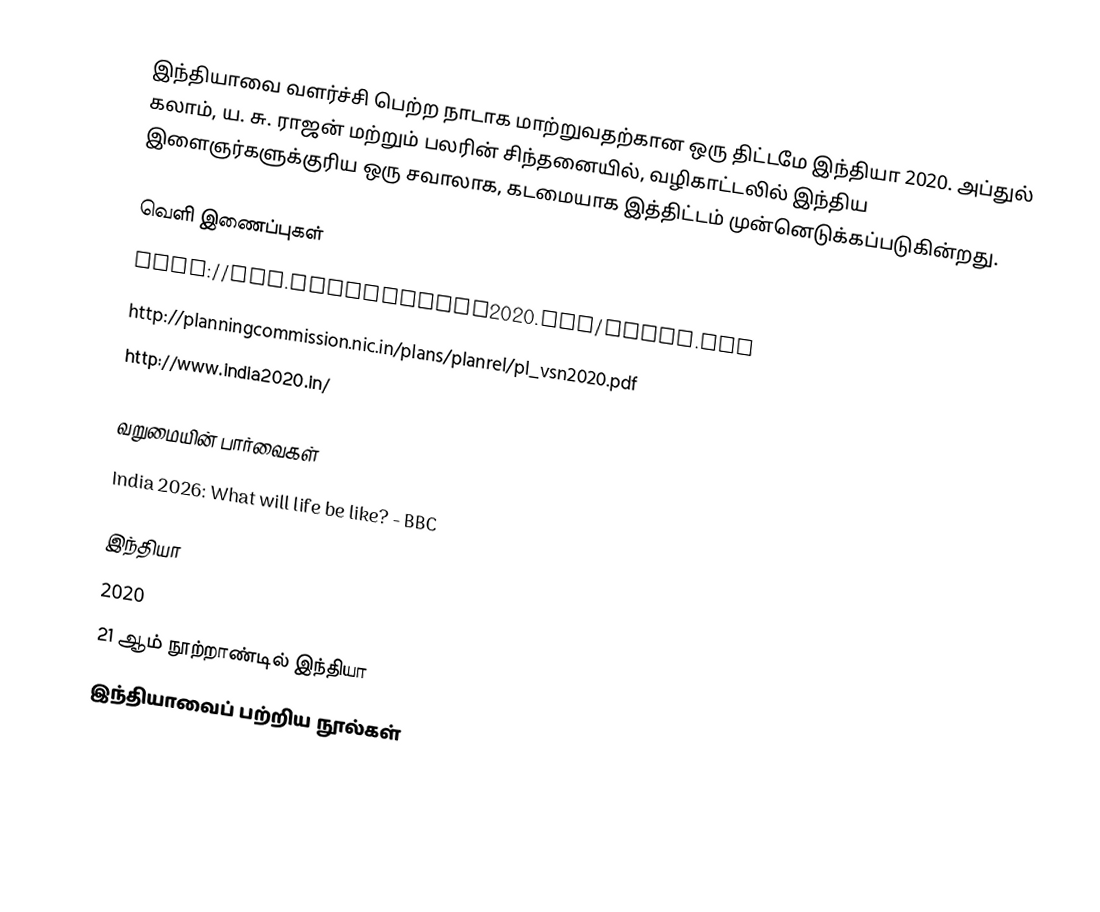
இந்தியாவை வளர்ச்சி பெற்ற நாடாக மாற்றுவதற்கான ஒரு திட்டமே இந்தியா 2020.  அப்துல் கலாம், ய. சு. ராஜன் மற்றும் பலரின் சிந்தனையில், வழிகாட்டலில் இந்திய இளைஞர்களுக்குரிய ஒரு சவாலாக, கடமையாக இத்திட்டம் முன்னெடுக்கப்படுகின்றது.

வெளி இணைப்புகள்
 http://www.indiavision2020.org/index.htm
 http://planningcommission.nic.in/plans/planrel/pl_vsn2020.pdf
 http://www.india2020.in/

வறுமையின் பார்வைகள்
 India 2026: What will life be like? - BBC

இந்தியா
2020
21 ஆம் நூற்றாண்டில் இந்தியா
இந்தியாவைப் பற்றிய நூல்கள்